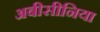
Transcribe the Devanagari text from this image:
अबीसीनिया